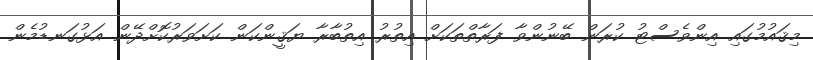
މިޤައުމުގައި އިންވެސްޓު ކުރަން ބޭނުންވާ ފަރާތްތަކަށް އިތުރު އިތުބާރާ ޔަޤީންކަން ކަށަވަރުކޮށްދޭން އަޅުގަނޑުމެން